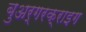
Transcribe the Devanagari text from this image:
बुअर्गरक्राइग